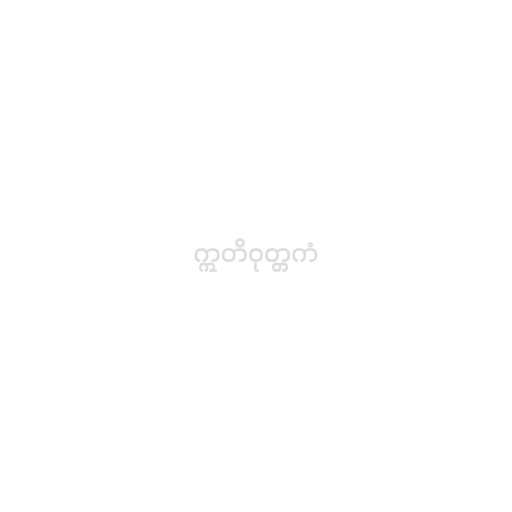
ဣတိဝုတ္တကံ